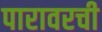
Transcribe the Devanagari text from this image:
पारावरची